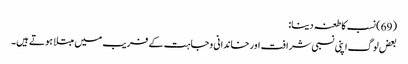
(69) نسب کا طعنہ دینا:
بعض لوگ اپنی نسبی شرافت اور خاندانی وجاہت کے فریب میں مبتلا ہوتے ہیں۔